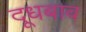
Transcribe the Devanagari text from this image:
दूधबाव